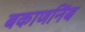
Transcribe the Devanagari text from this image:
बकाणनिंब